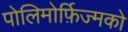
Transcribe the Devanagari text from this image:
पोलिमोर्फ़िज्मको